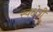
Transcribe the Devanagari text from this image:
स्वक्षेत्री